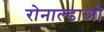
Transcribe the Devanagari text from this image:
रोनाल्डाओ